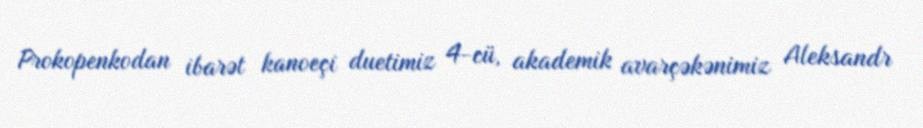
Prokopenkodan ibarət kanoeçi duetimiz 4-cü, akademik avarçəkənimiz Aleksandr